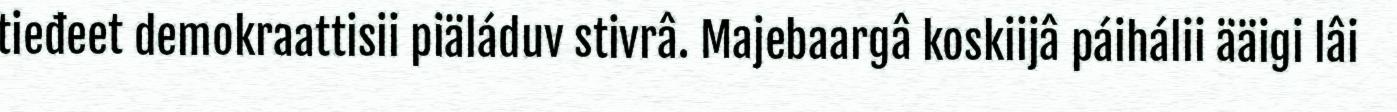
tieđeet demokraattisii piäláduv stivrâ. Majebaargâ koskiijâ páihálii ääigi lâi